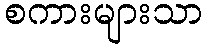
စကားများသာ